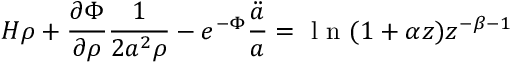
H \rho + \frac { \partial \Phi } { \partial \rho } \frac { 1 } { 2 a ^ { 2 } \rho } - e ^ { - \Phi } \frac { \ddot { a } } { a } = \mathrm { ~ l ~ n ~ } ( 1 + \alpha z ) z ^ { - \beta - 1 }